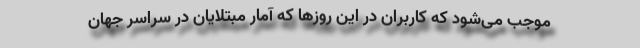
موجب می‌شود که کاربران در این روزها که آمار مبتلایان در سراسر جهان